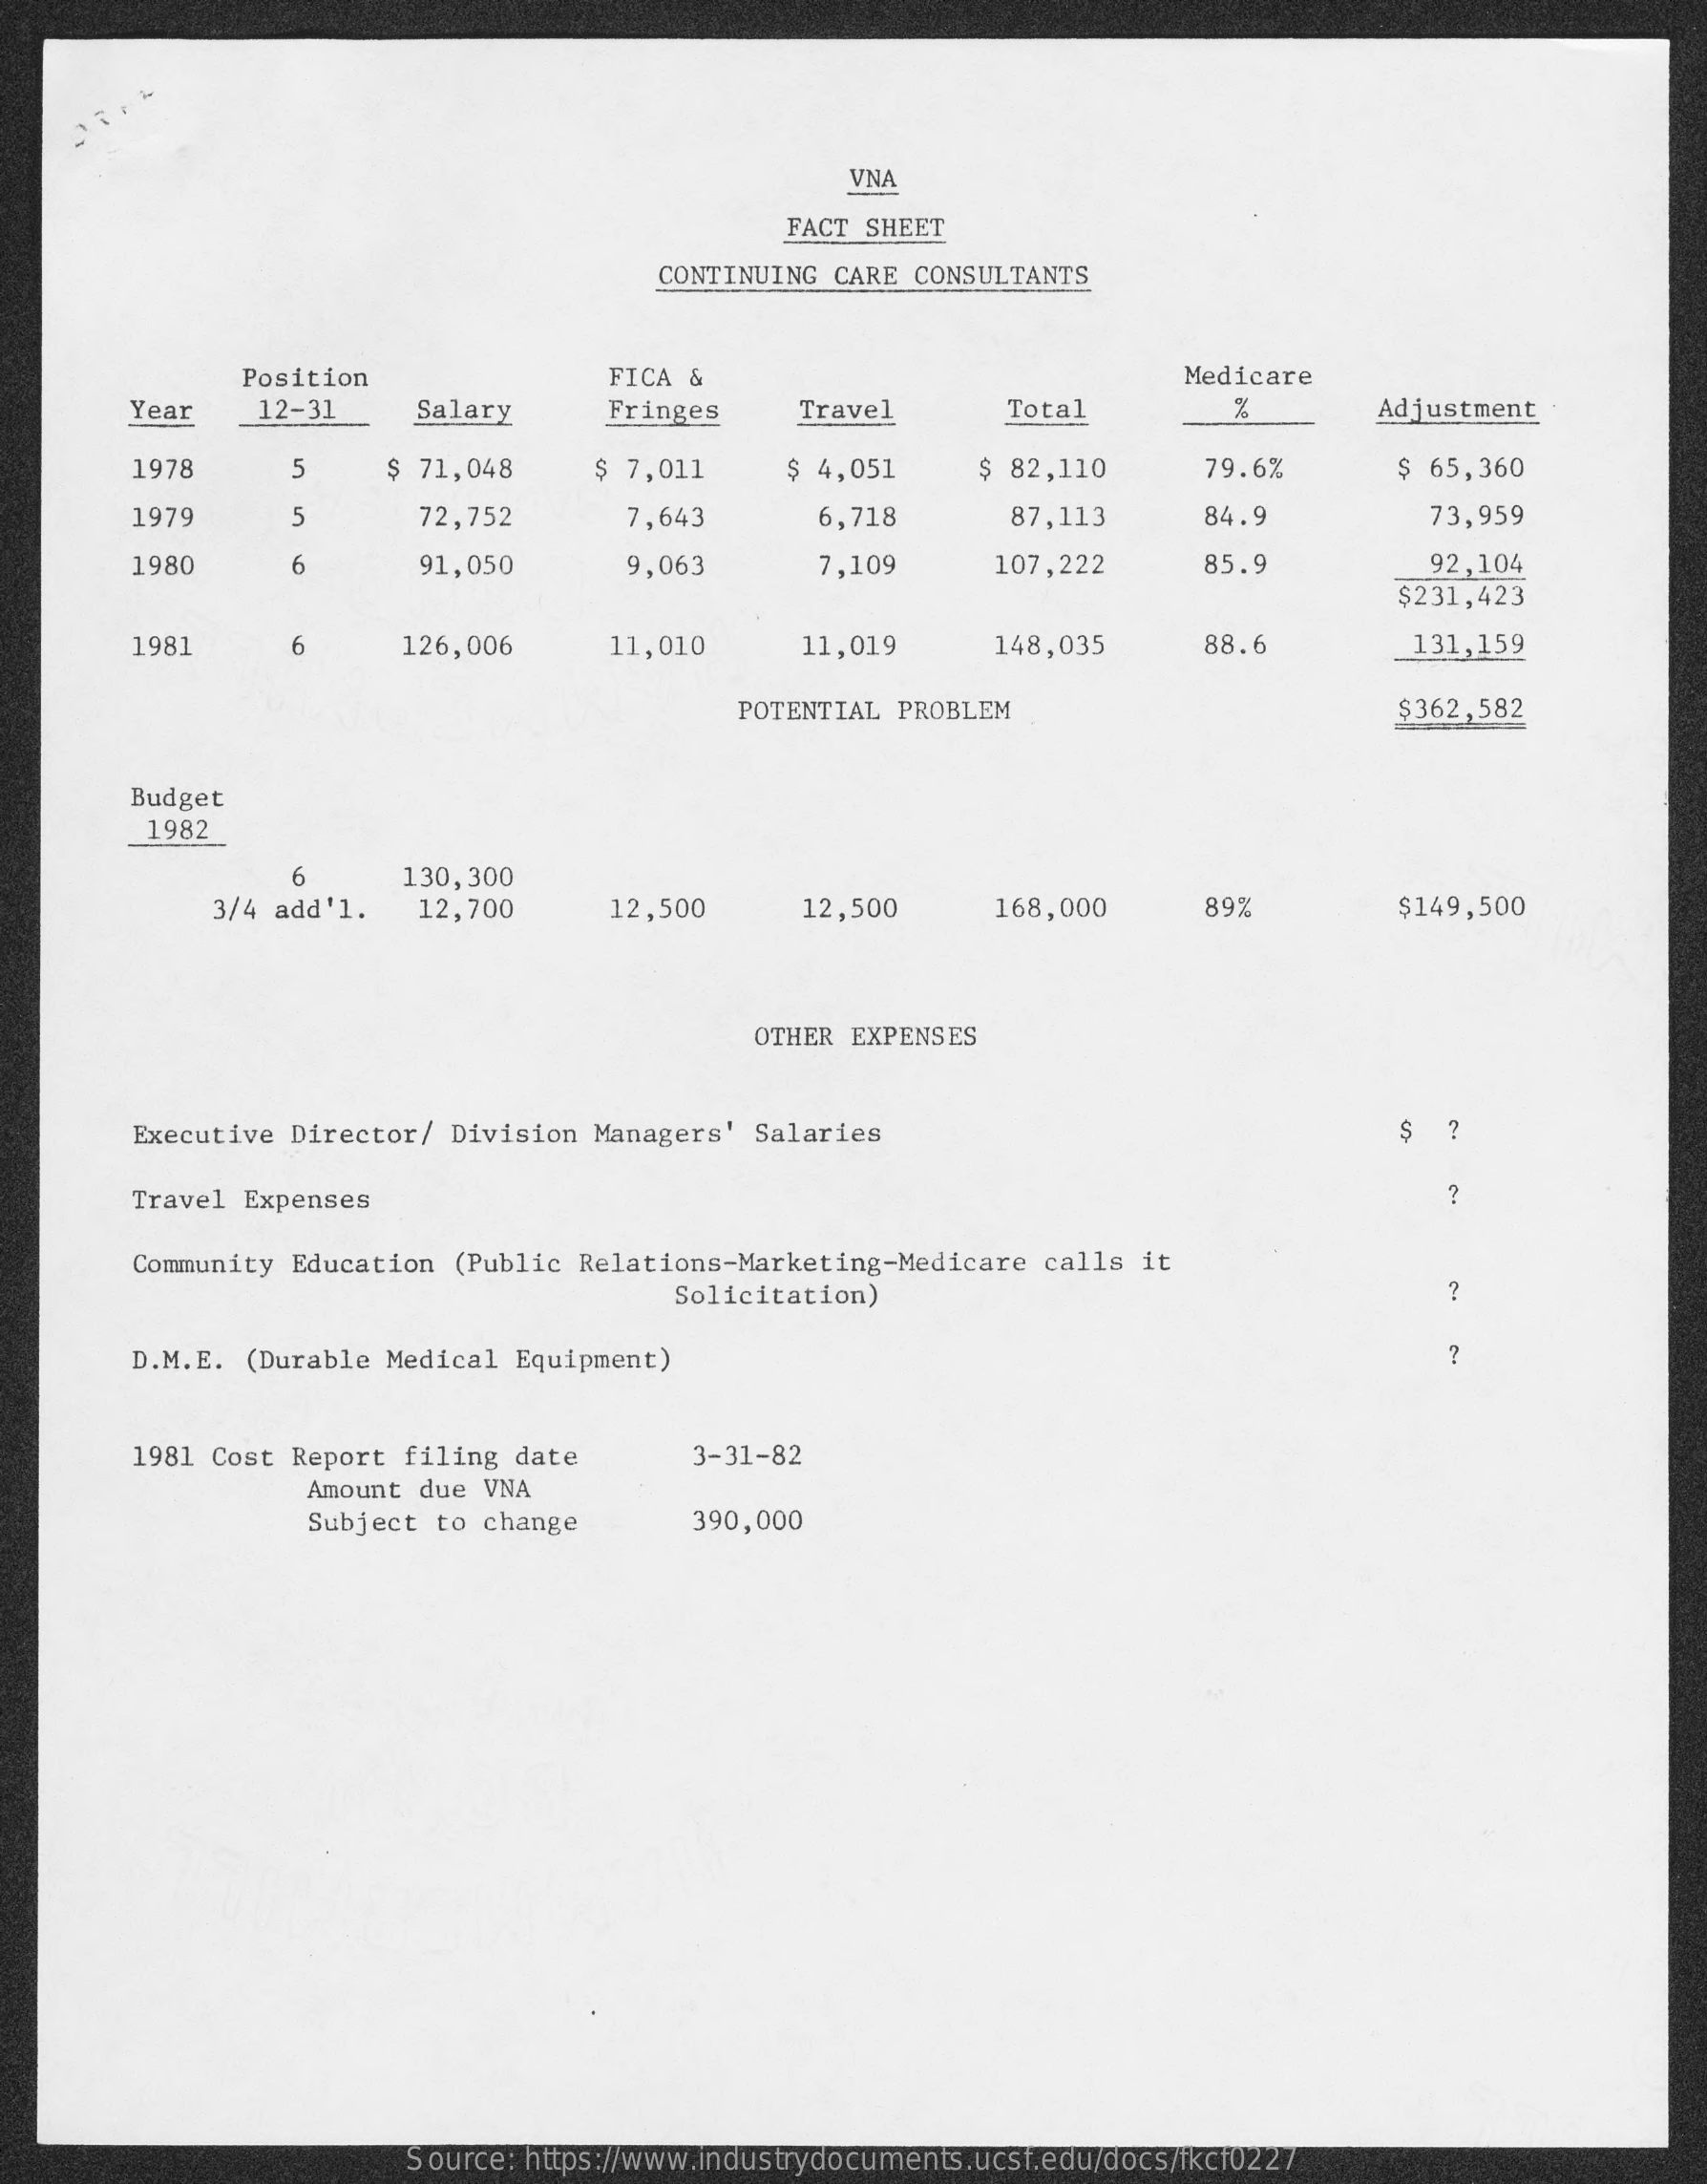
VNA
     FACT SHEET
     CONTINUING CARE CONSULTANTS
     Position    FICA &    Medicare
     Year   12-31    Salary    Fringes    Travel    Total    Adjustment
     1978    5    $ 71,048    $ 7,011    $ 4,051    $ 82,110    79.6%    $ 65,360
     1979    5    72,752    7,643    6,718    87,113    84.9    73,959
     1980    6    91,050    9,063    7,109    107,222    85.9    92,104
     $231,423
     1981    6    126,006    11,010    11,019    148,035    88.6    131,159
     POTENTIAL PROBLEM    $362,582
     Budget
     1982
     130,300
     3/4 add'1.  12,700    12,500    12,500    168,000    89%    $149,500
     OTHER EXPENSES
     Executive Director/ Division Managers' Salaries
     Travel Expenses
     Community Education (Public Relations-Marketing-Medicare calls it
     Solicitation)    2
     D.M.E. (Durable Medical Equipment)
     1981 Cost Report filing date    3-31-82
     Amount due VNA
     Subject to change    390,000
     Source: https://www.industrydocuments.ucsf.edu/docs/fkcf0227